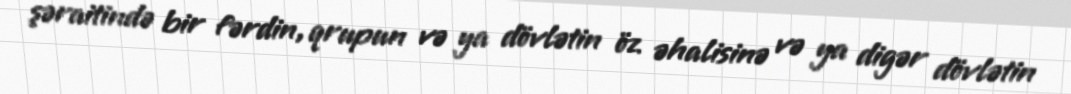
şəraitində bir fərdin, qrupun və ya dövlətin öz əhalisinə və ya digər dövlətin